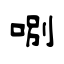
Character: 哵